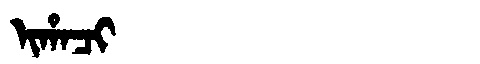
Manchu: ᡳᡥᠠᠴᡳ
Romanization: IHACI